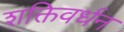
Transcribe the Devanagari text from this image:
शक्तिवर्धन